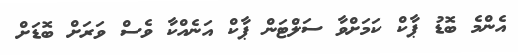
އެންމެ ބޮޑު ޕާކް ކަމަށްވާ ސަލްޓަން ޕާކް އަނެއްކާ ވެސް ވަރަށް ބޮޑަށް